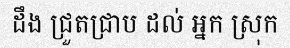
ដឹង ជ្រួតជ្រាប ដល់ អ្នក ស្រុក